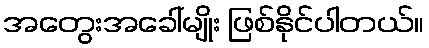
အတွေးအခေါ်မျိုး ဖြစ်နိုင်ပါတယ်။